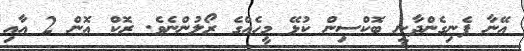
އޭނާ ފެނިގެންދާނީ ބޮކްސިން ކުޅޭ މީހެއްގެ ރޯލުންނެވެ. ރޮކް އޮން 2 އާއި